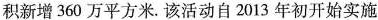
积新增360万平方米。该活动自2013年初开始实施